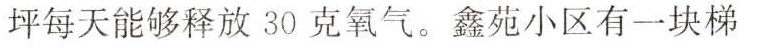
坪每天能够释放30克氧气。鑫苑小区有一块梯